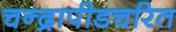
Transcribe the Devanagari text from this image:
चन्द्रापीडचरित